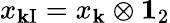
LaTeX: x_{\mathbf{k}\mathrm{{I}}}=x_{\mathbf{k}}\otimes{\mathbf{1}}_{2}